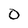
Character: O